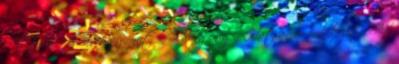
Attila: A vasfüggönytől Schengenig - Hatvan év emlékezete Ad